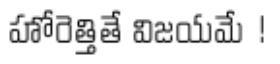
హోరెత్తితే విజయమే !